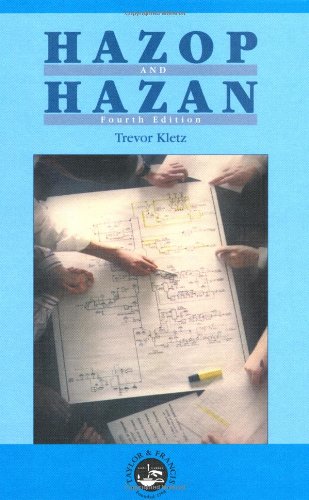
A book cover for Hazop & Hazan: Identifying and Assessing Process Industry Hazards, Fouth Edition; Trevor A. Kletz; Science & Math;